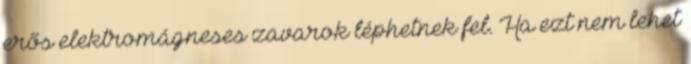
erõs elektromágneses zavarok léphetnek fel. Ha ezt nem lehet